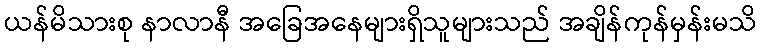
ယန်မိသားစု နာလာနီ အခြေအနေများရှိသူများသည် အချိန်ကုန်မှန်းမသိ